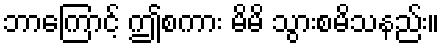
ဘာကြောင့် ဤစကား မိမိ သွားစမိသနည်း။